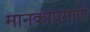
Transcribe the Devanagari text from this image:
मानकाप्रमाणे